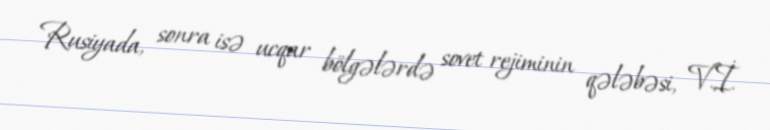
Rusiyada, sonra isə ucqar bölgələrdə sovet rejiminin qələbəsi, V.İ.